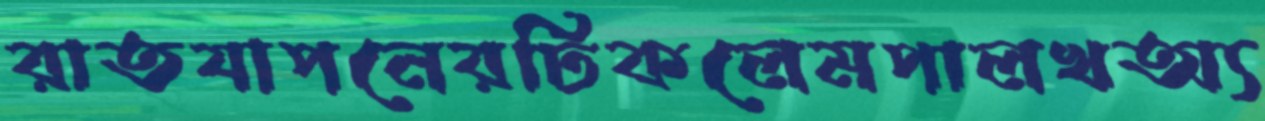
রাতযাপনেরঢিকলেমপালখঅ্য